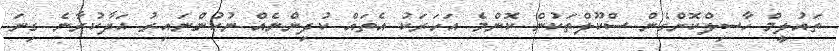
ތައުލީމް ހާސިލްކޮށްގެން ސްކޫލްތަކުން ކޮންމެ އަހަރަކު އެތައް ކުދިންނެއް ނުކުންނައިރު އަދާކުރާނެ ގިނަ